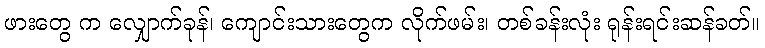
ဖားတွေ က လျှောက်ခုန်၊ ကျောင်းသားတွေက လိုက်ဖမ်း၊ တစ်ခန်းလုံး ရုန်းရင်းဆန်ခတ်။